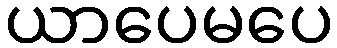
ယာပေမပေ